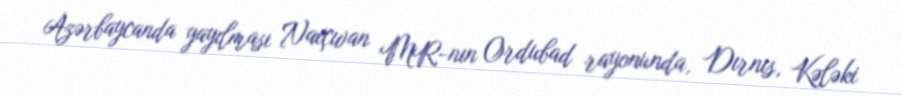
Azərbaycanda yayılması Naxçıvan MR-nın Ordubad rayonunda, Dırnıs, Kələki